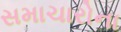
સમાચારોના